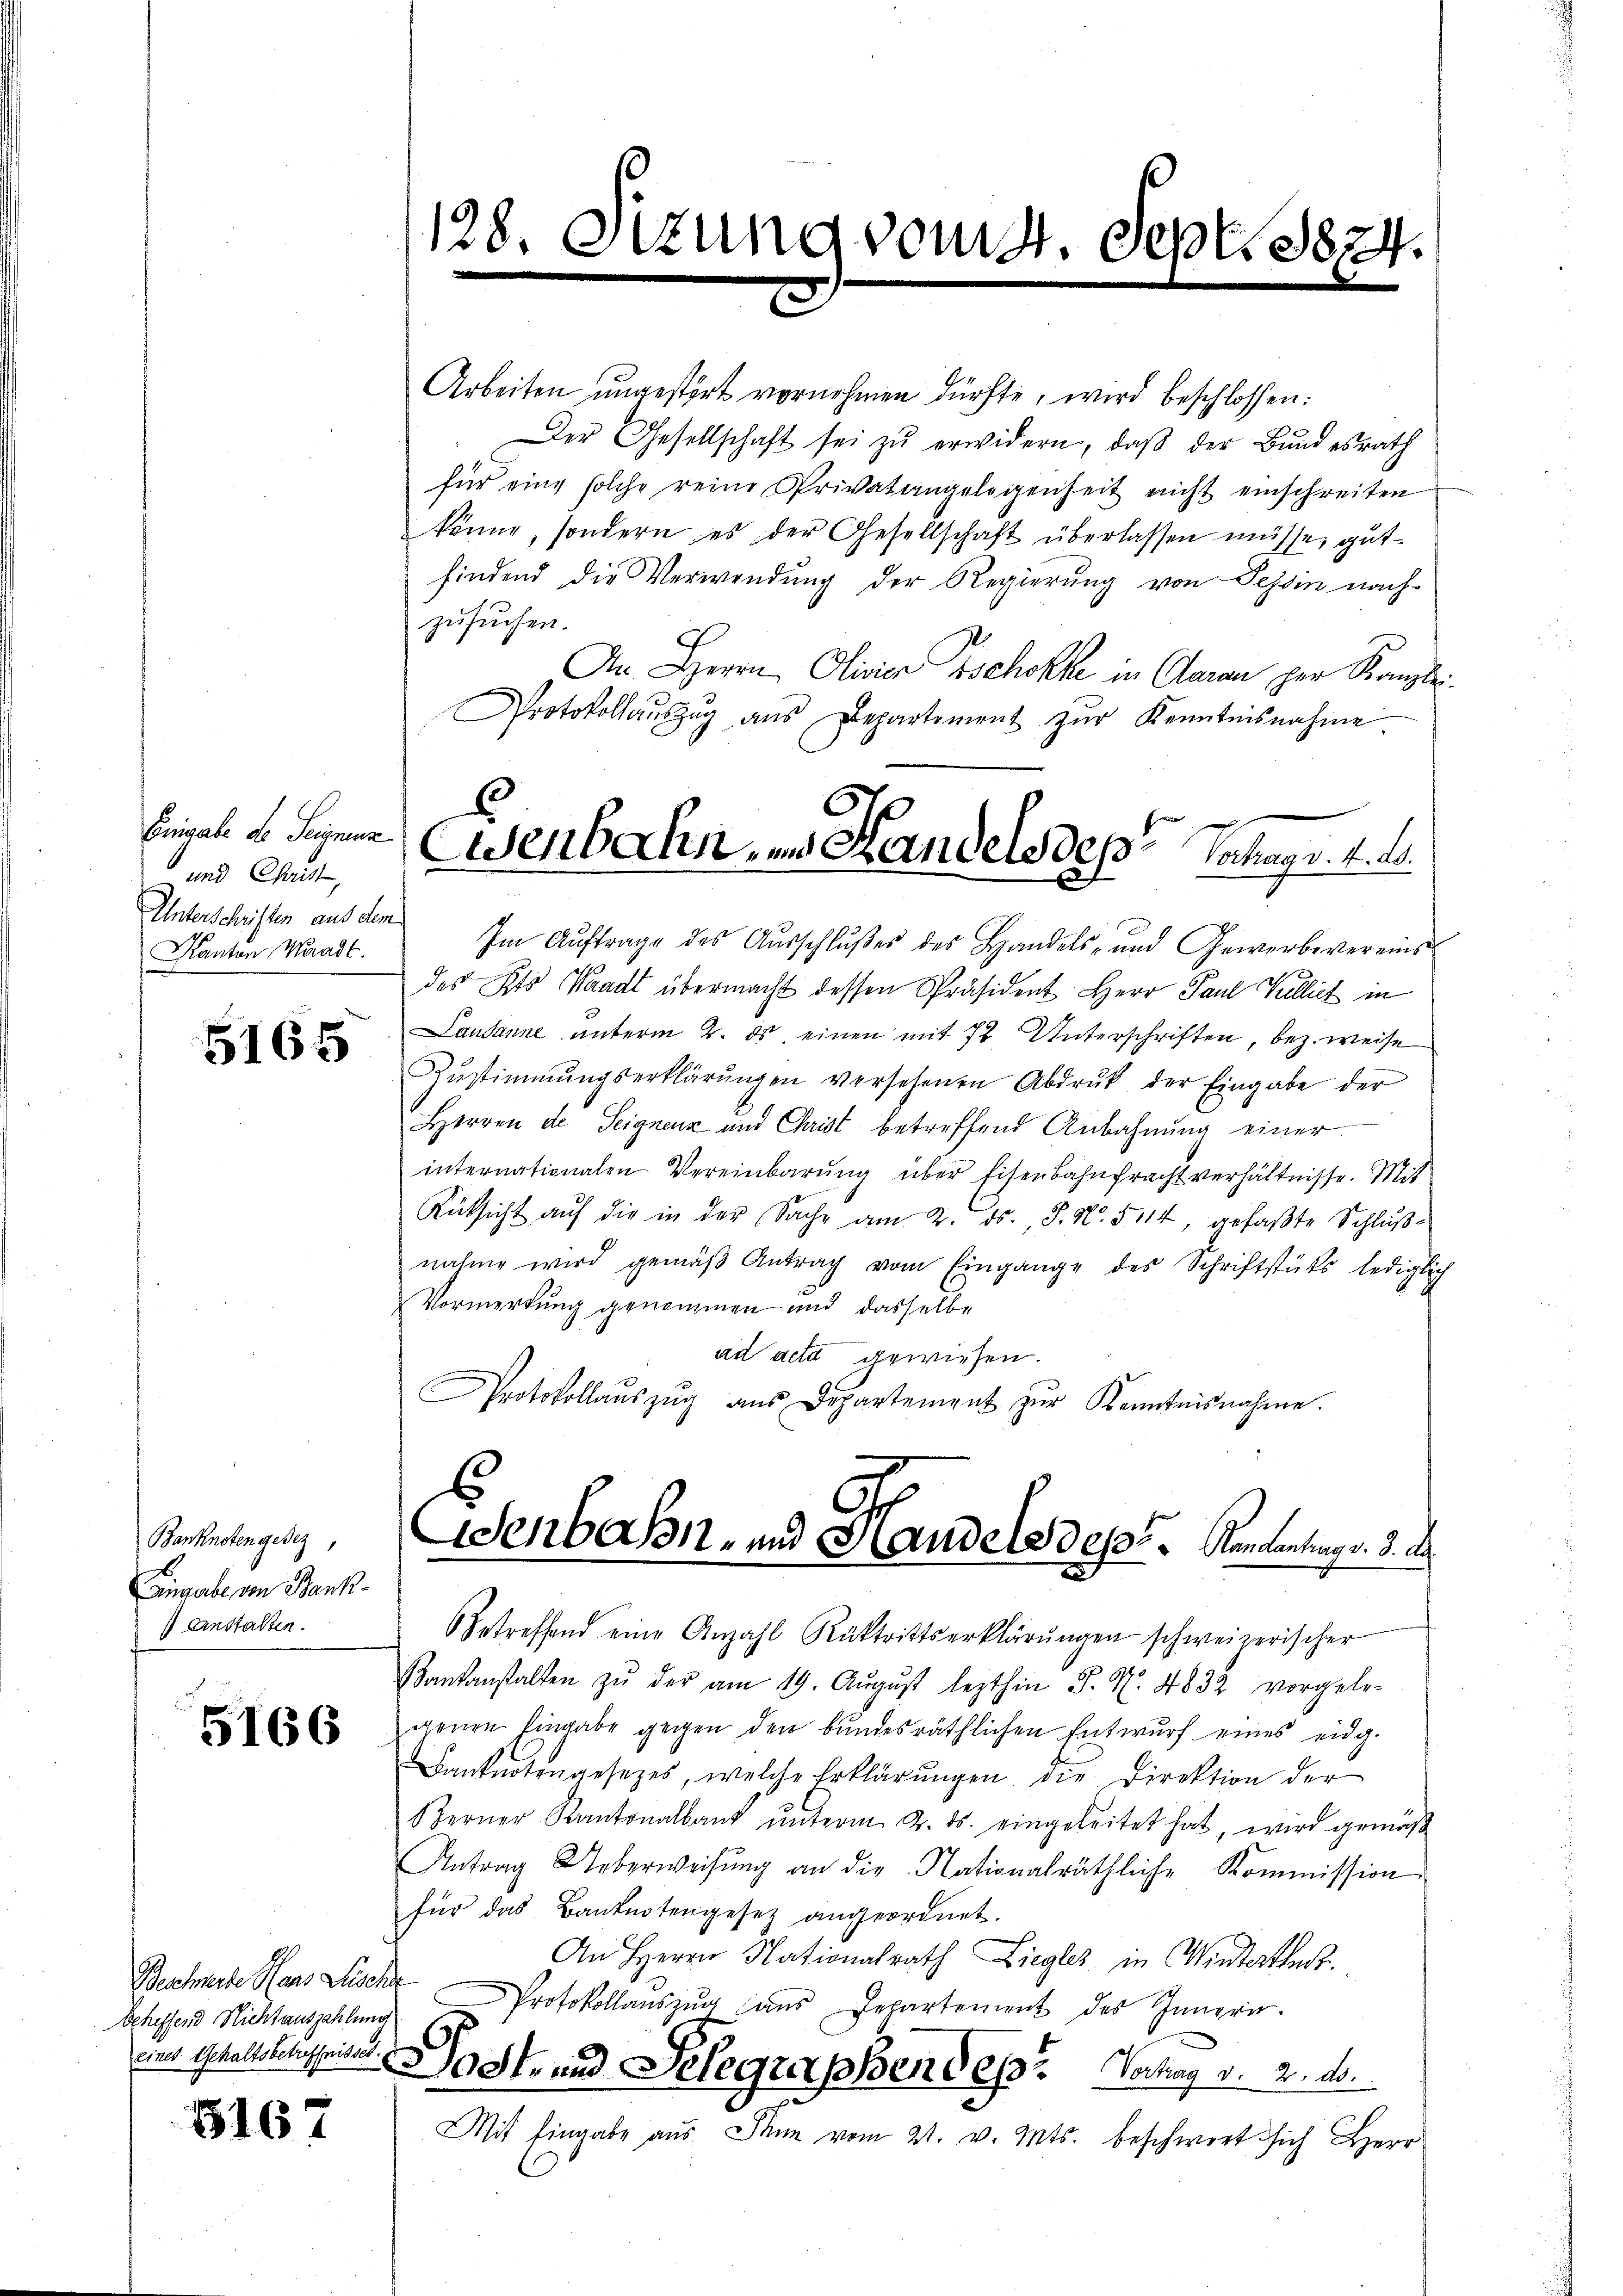
Eingabe de Seignenz
und Christ,
Unterschriften aus dem
Kanton Waadt.

5165

Banknoten gesez
Eingabe von Bank
Anstalten.

5166

Bescherte Haus Zuschr
bcheffend Nichtauszahlung
eines Gehaltsbetreffnisset.

5167

Arbeiten ungestört vornehmen dürfte, wird beschlossen:
Der Gesellschaft sei zŭ erwidern, daβ der Bundesrath
für eine solche reine Privatangelegenheit nicht einschreiten
könne, sondern es der Gesellschaft überlassen müsse, gutfindend die Verwendung der Regierung von Tessin nach
zusuchen.
An Herrn Olivier Tschokke in Claran per Kanzlei
Protokollaŭszŭg aŭs Departement zŭr Kenntnisnahme
Im Auftrage des Ausschlußes des Handels- und Gewerbevereins
des Kts. Waadt übermacht dessen Präsident Herr Paul Vulliet in
Lausanne unterm 2. ds einen mit 72 Unterschriften, bez. weise
Zŭstimmungserklärŭngen versehenen Abdruk der Eingabe der
Herren de Seignenz und Christ betreffend Anbahnung einer
internationalen Vereinbarung über Eisenbahnfracht verhältnisse. Mit
Rücksicht auf die in der Sache am 2. ds. J. N. 5114, gefaßte Schlußnahme wird gemäβ Antrag vom Eingange des Schriftstüks lediglich
Vormerkung genommen und dasselbe
ad acta gewiesen.
Protokollaŭszŭg aŭs Departement zŭr Kenntnisnahme.

Wenbahn, und Handels des Sachegr. 4. A.
e
x

Wenbahn- und Handels desst. Rentantrag v. 3. A
Betreffend eine Anzahl Rücktrittserklärŭngen schweizerischer

128. Ottung von 4 Sept. 1824.

Kankanstalten zŭ der am 19. Aŭgŭst lezthin J. N. 4832 vorgele-
genen Eingabe gegen den bundesräthlichen Entwurf eines eidg.
Banknotengesetzes, welche Erklärŭngen die Direktion der
Berner Kantonalbank ŭnterm 2. ds. eingeleitet hat, wird gemäß
Antrag Ueberweisŭng an die Nationalräthliche Kommission
für das Banknotengesetz angeordnet.
An Herrn Nationalrath Liegles in Winterthes.
Protokollaŭszŭg ans Departement des Innern.
Sockend Telegraphen des Vertrag v. 2. d.
Mit Eingabe aus. Dann vom 21. v. Mts. beschwert sich Herr